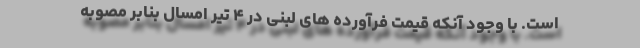
است. با وجود آنکه قیمت فرآورده های لبنی در ۴ تیر امسال بنابر مصوبه